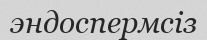
эндоспермсіз